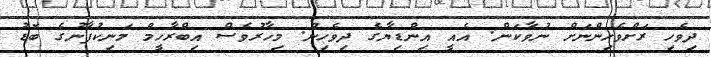
ދިވެހި ރަށްވެހިންނަށް ނުވާކަން. އެއީ އިންޑިޔާގެ ދިވެހިން. މިހާރުވެސް އިބްރާހީމް މަނިކުފާނުގެ ބޮޑު